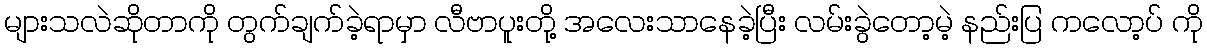
များသလဲဆိုတာကို တွက်ချက်ခဲ့ရာမှာ လီဗာပူးတို့ အလေးသာနေခဲ့ပြီး လမ်းခွဲတော့မဲ့ နည်းပြ ကလော့ပ် ကို